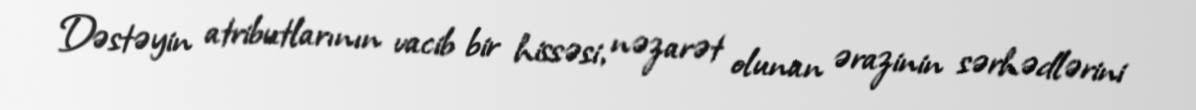
Dəstəyin atributlarının vacib bir hissəsi, nəzarət olunan ərazinin sərhədlərini